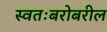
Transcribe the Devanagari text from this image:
स्वतःबरोबरील